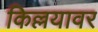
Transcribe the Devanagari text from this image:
किल्लयावर